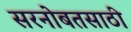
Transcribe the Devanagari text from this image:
सरनोबतसाठी